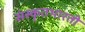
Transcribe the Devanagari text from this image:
संस्कृतभारती